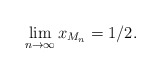
\begin{align*}\lim \limits_{n \to \infty} x_{M_n} = 1/2.\end{align*}